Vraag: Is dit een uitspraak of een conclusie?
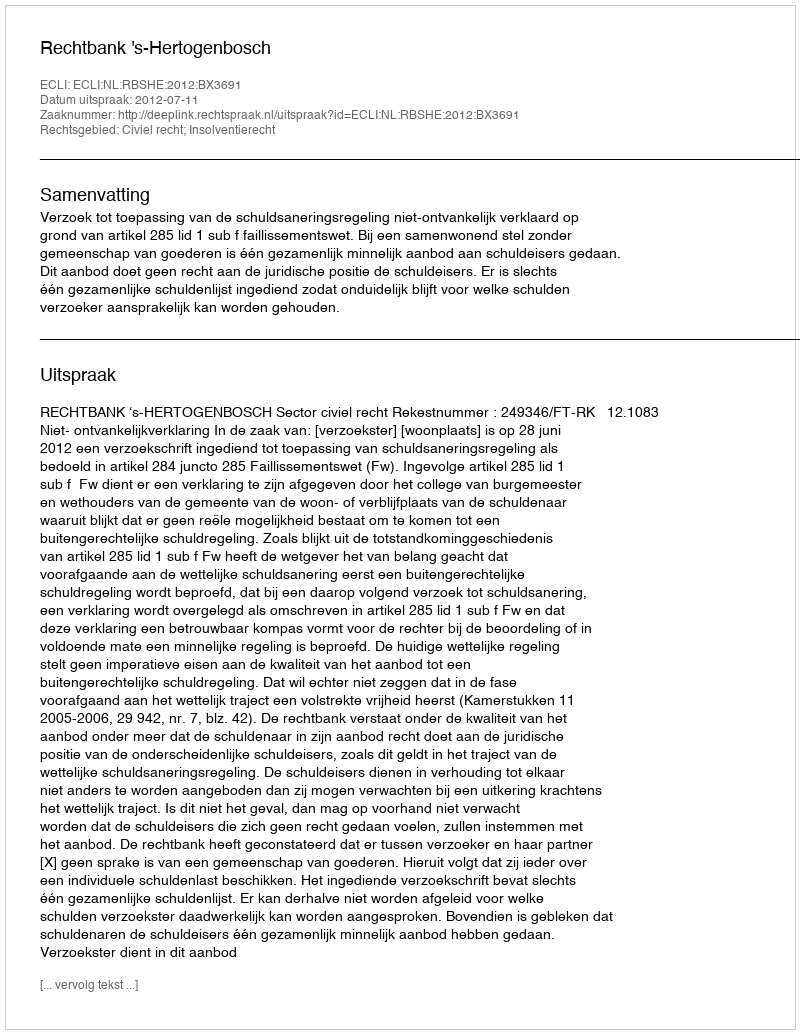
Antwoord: Uitspraak